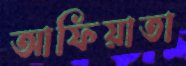
আফিয়াতা